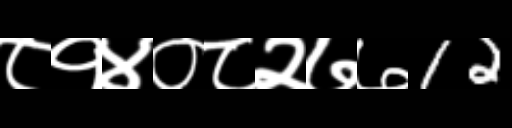
Text: ८१४०८२७७12